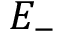
E _ { - }